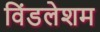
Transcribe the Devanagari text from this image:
विंडलेशम